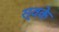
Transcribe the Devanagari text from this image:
स्वके